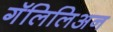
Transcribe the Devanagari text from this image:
गॅलिलिअन